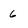
Character: 6